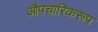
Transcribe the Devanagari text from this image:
औपचारिकरूप